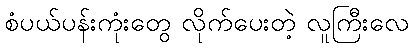
စံပယ်ပန်းကုံးတွေ လိုက်ပေးတဲ့ လူကြီးလေ